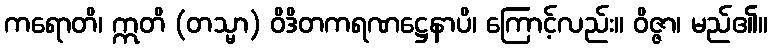
ကရောတိ၊ ဣတိ (တသ္မာ) ဝိဒိတကရဏဋ္ဌေနာပိ၊ ကြောင့်လည်း။ ဝိဇ္ဇာ၊ မည်၏။